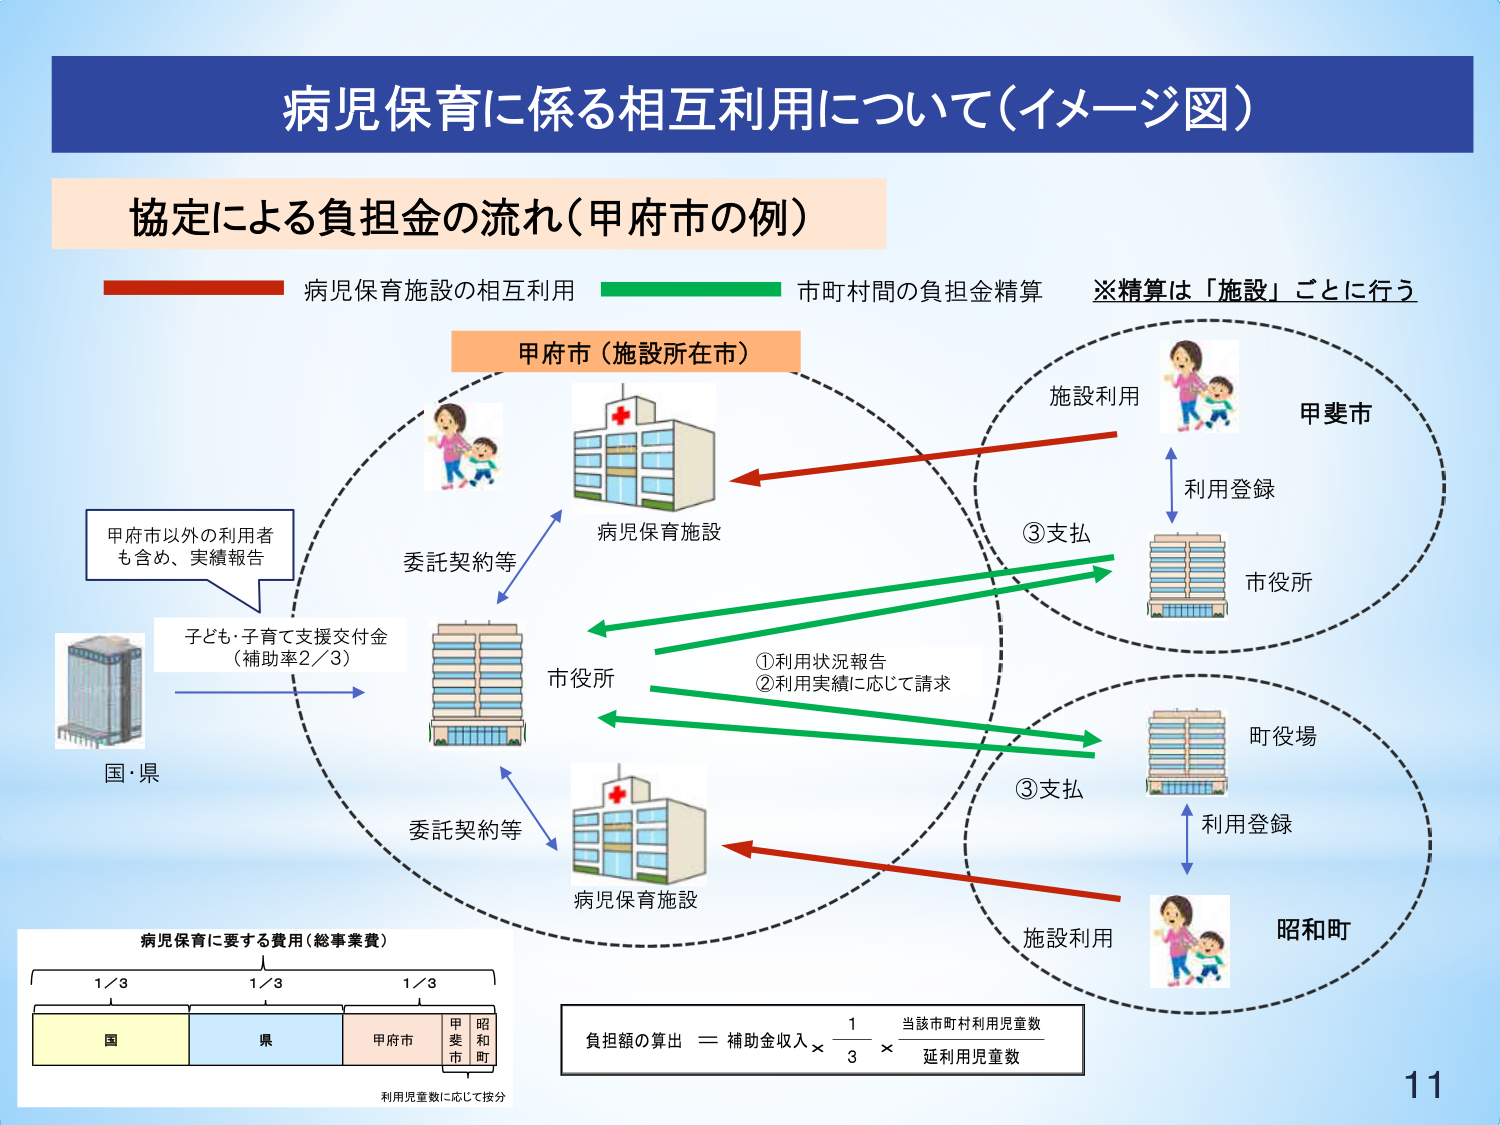
病児保育に係る相互利用について（イメージ図）

協定による負担金の流れ（甲府市の例）

病児保育施設の相互利用
市町村間の負担金精算
※精算は「施設」ごとに行う

甲府市（施設所在市）

病児保育施設

委託契約等

市役所

子ども・子育て支援交付金
（補助率2/3）

国・県

甲府市以外の利用者
も含め、実績報告

施設利用

利用登録

市役所

③支払

①利用状況報告
②利用実績に応じて請求

町役場

利用登録

施設利用

昭和町

③支払

病児保育に要する費用（総事業費）

1/3　1/3　1/3

国　県　甲府市　甲斐市　昭和町

利用児童数に応じて按分

負担額の算出 ＝ 補助金収入 × 1/3 × 当該市町村利用児童数 / 延利用児童数

11